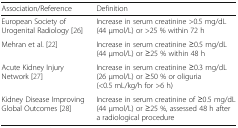
| Association/Reference | Definition |
 | --- | --- |
 | European Society of Urogenital Radiology [26] | Increase in serum creatinine >0.5 mg/dL (44 μmol/L) or >25 % within 72 h |
 | Mehran et al. [22] | Increase in serum creatinine ≥0.5 mg/dL (44 μmol/L) or ≥25 % within 48 h |
 | Acute Kidney Injury Network [27] | Increase in serum creatinine ≥0.3 mg/dL (26 μmol/L) or ≥50 % or oliguria (<0.5 mL/kg/h for >6 h) |
 | Kidney Disease Improving Global Outcomes [28] | Increase in serum creatinine of ≥0.5 mg/dL (44 μmol/L) or ≥25 %, assessed 48 h after a radiological procedure |